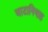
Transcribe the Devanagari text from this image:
वाटानियाह